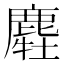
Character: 𪋂